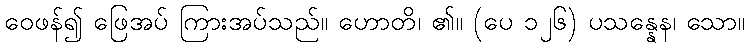
ဝေဖန်၍ ဖြေအပ် ကြားအပ်သည်။ ဟောတိ၊ ၏။ (ပေ ၁၂၆) ပသန္နေန၊ သော။